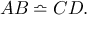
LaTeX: A B \bumpeq C D .